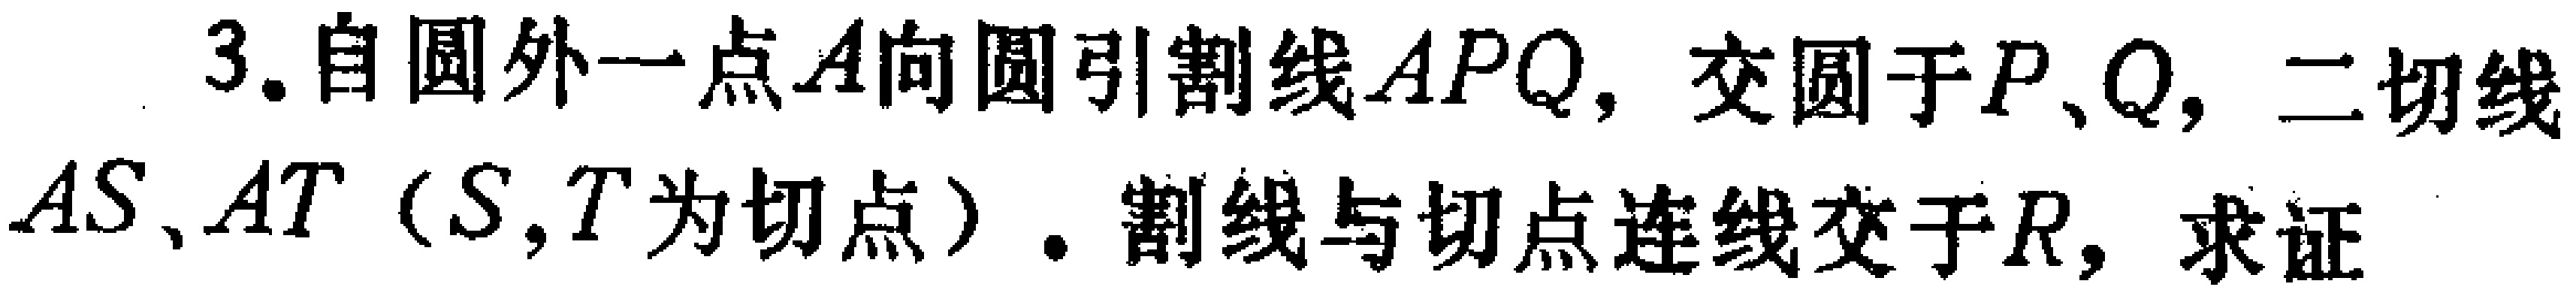
3. 自圆外一点\(A\)向圆引割线\(APQ\)，交圆于\(P、Q\)，二切线\(AS、AT\)（\(S,T\)为切点）. 割线与切点连线交于\(R\)，求证